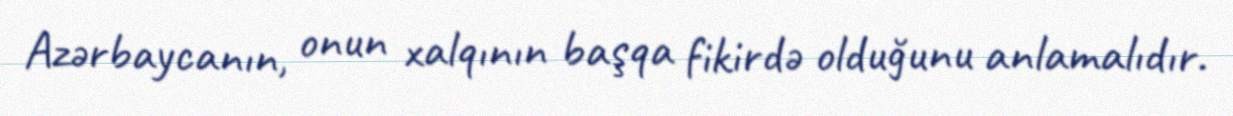
Azərbaycanın, onun xalqının başqa fikirdə olduğunu anlamalıdır.